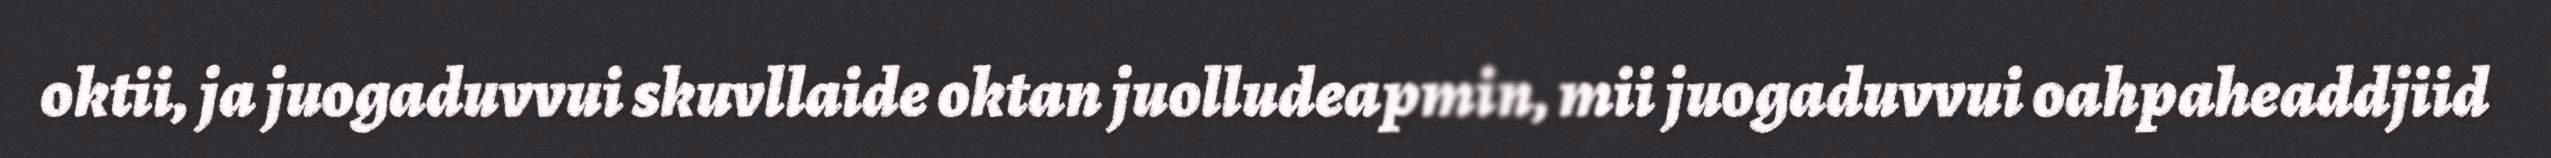
oktii, ja juogaduvvui skuvllaide oktan juolludeapmin, mii juogaduvvui oahpaheaddjiid